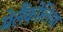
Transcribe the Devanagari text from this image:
मेलैंकोलिया